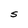
Character: S